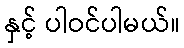
နှင့် ပါဝင်ပါမယ်။